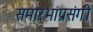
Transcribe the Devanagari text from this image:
समारंभांप्रसंगी